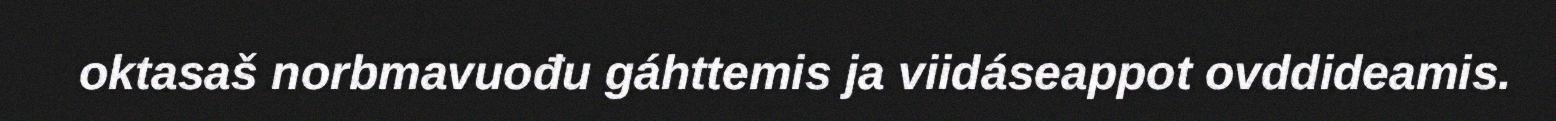
oktasaš norbmavuođu gáhttemis ja viidáseappot ovddideamis.